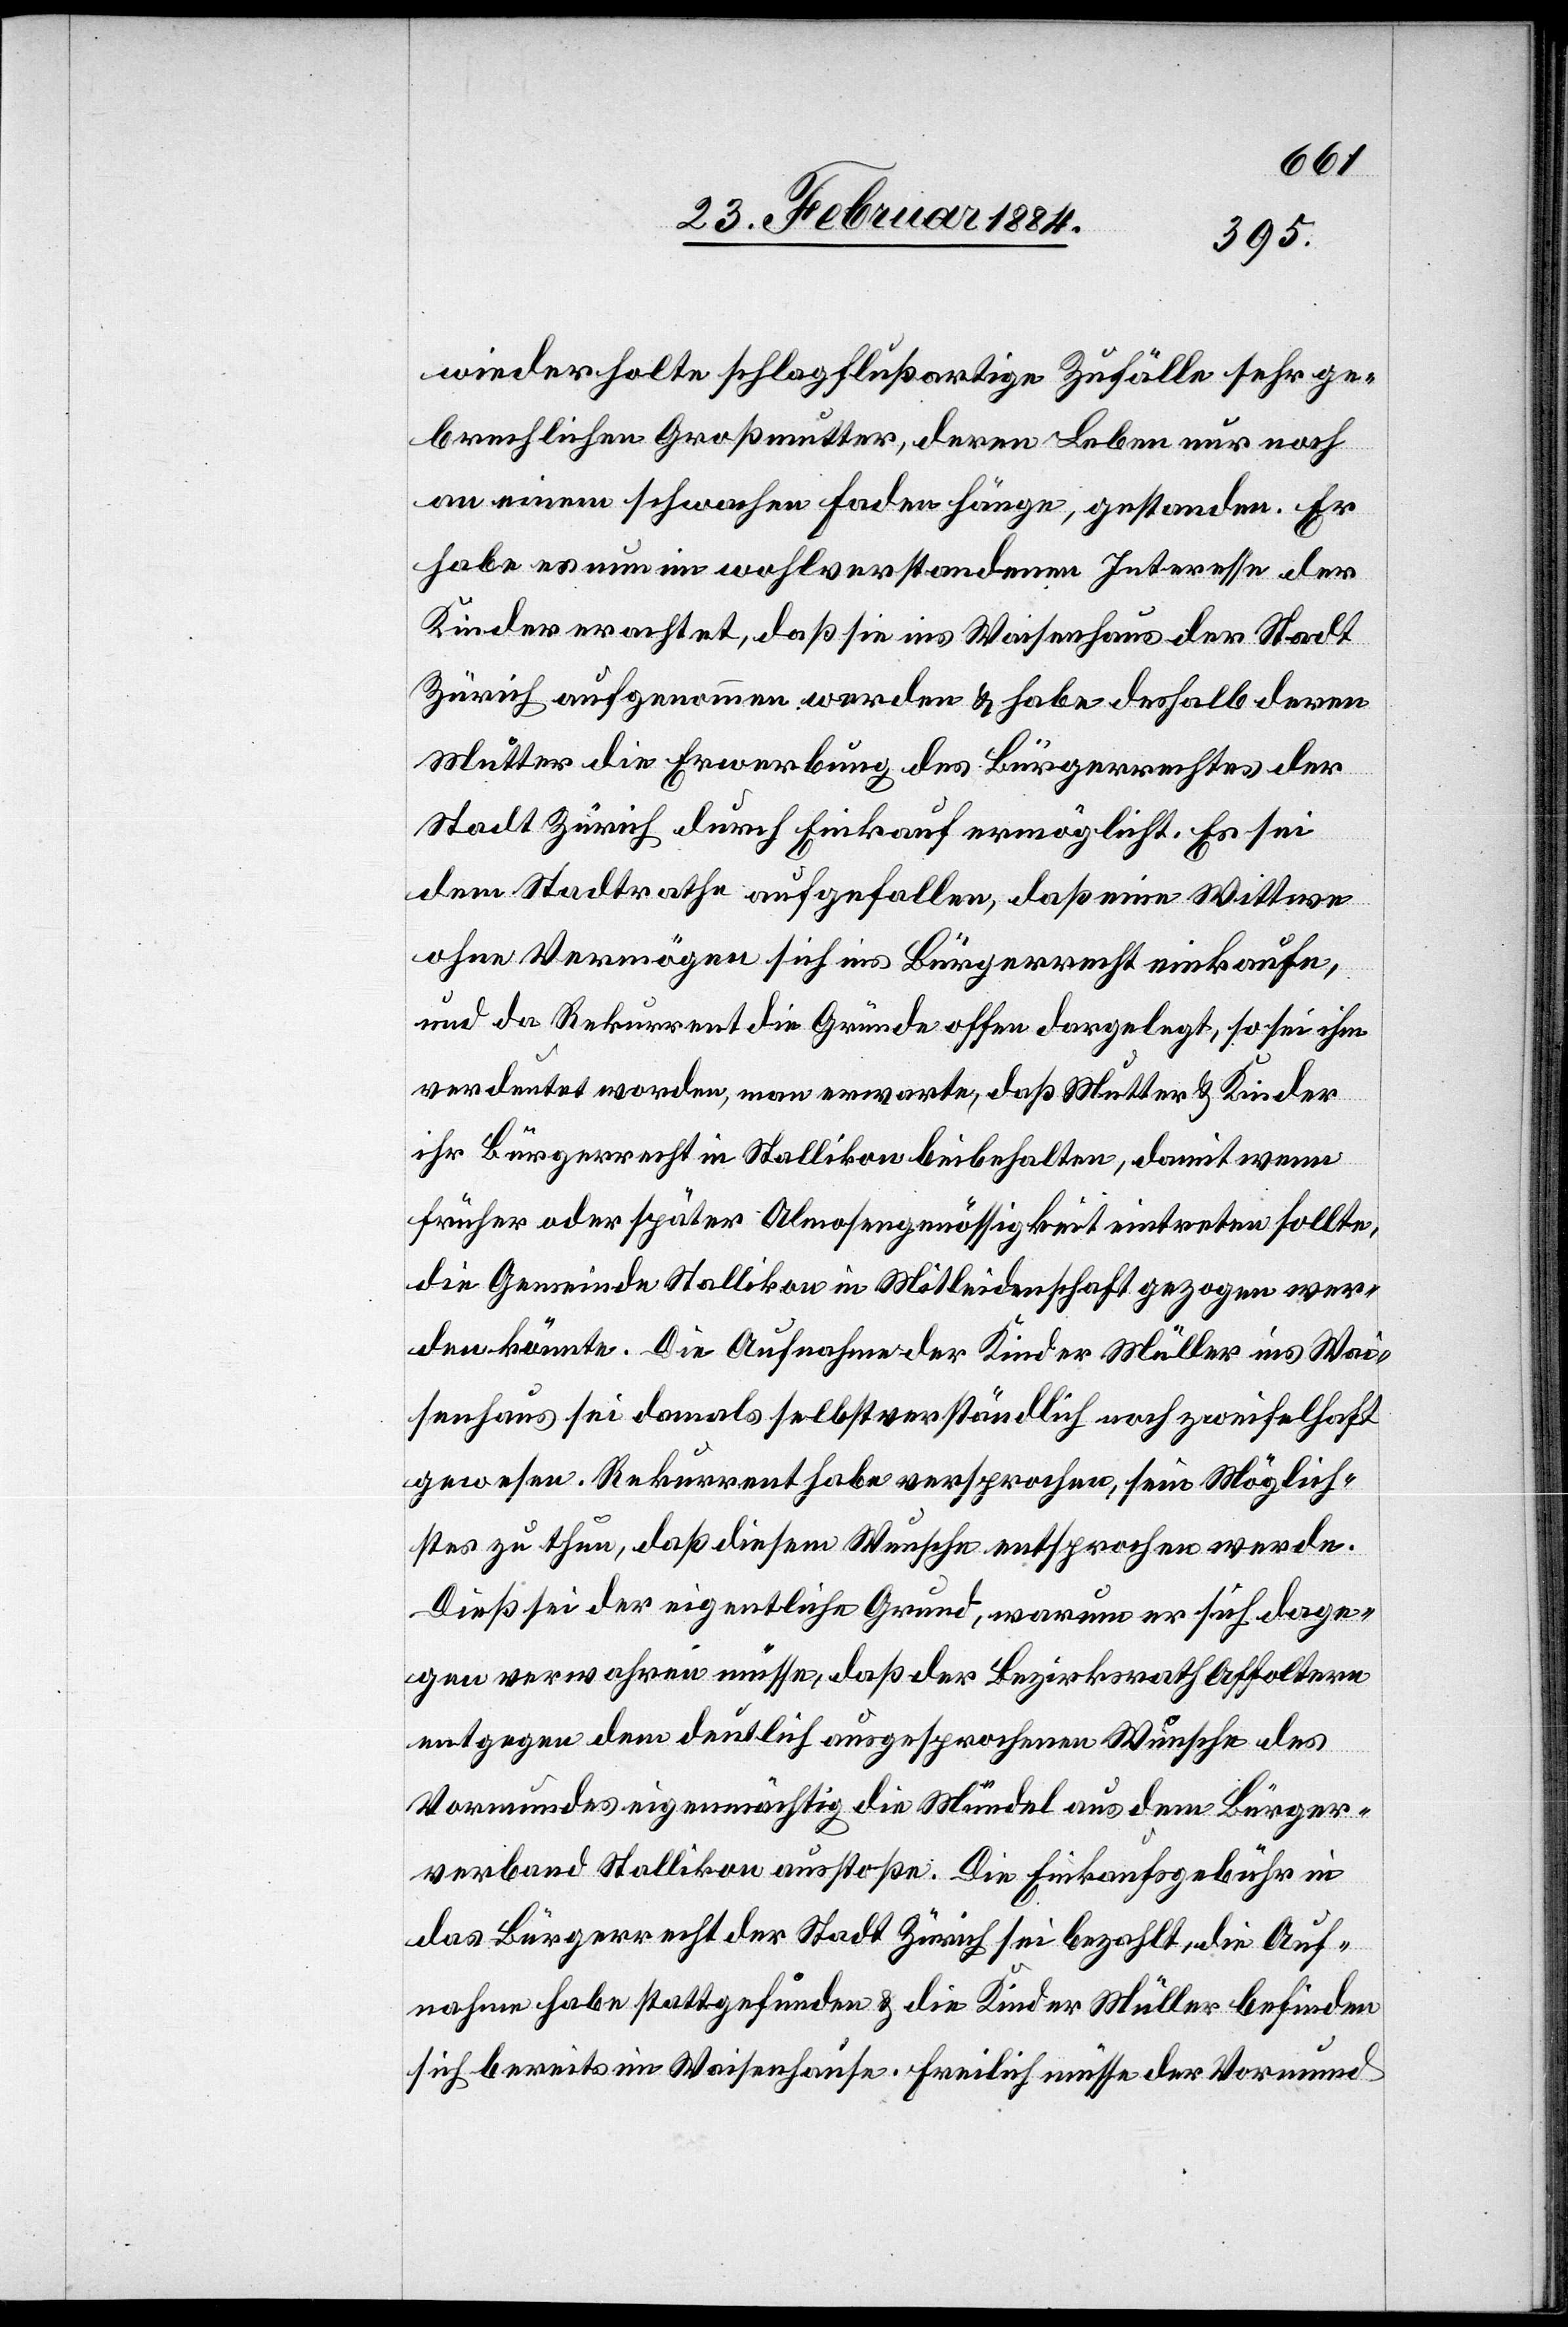
wiederholte schlagflußartige Zufälle sehr ge¬
brechlichen Großmutter, deren Leben nur noch
an einem schwachen Faden hänge, gestanden. Er
habe es nun im wohlverstandenen Interesse der
Kinder erachtet, daß sie ins Waisenhaus der Stadt
Zürich aufgenommen werden & habe deshalb deren
Mutter die Erwerbung des Bürgerrechtes der
Stadt Zürich durch Einkauf ermöglicht. Es sei
dem Stadtrathe aufgefallen, daß eine Wittwe
ohne Vermögen sich ins Bürgerrecht einkaufe,
und da Rekurrent die Gründe offen dargelegt, so sei ihm
verdeutet [sic!] worden, man erwarte, daß Mutter & Kinder
ihr Bürgerrecht in Stallikon beibehalten, damit wenn
früher oder später Almosengenössigkeit eintreten sollte,
die Gemeinde Stallikon in Mitleidenschaft gezogen wer¬
den könnte. Die Aufnahme der Kinder Müller ins Wai¬
senhaus sei damals selbstverständlich noch zweifelhaft
gewesen. Rekurrent habe versprochen, sein Möglich¬
stes zu thun, daß diesem Wunsche entsprochen werde.
Dieß sei der eigentliche Grund, warum er sich dage¬
gen verwahren müsse, daß der Bezirksrath Affoltern
entgegen dem deutlich ausgesprochenen Wunsch des
Vormundes eigenmächtig die Mündel aus dem Bürger¬
verband Stallikon ausstoße. Die Einkaufsgebühren in
das Bürgerrecht der Stadt Zürich sei bezahlt, die Auf¬
nahme habe stattgefunden & die Kinder Müller befinden
sich bereits im Waisenhause. Freilich müsse der Vormund